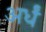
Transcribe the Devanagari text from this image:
अर्धं